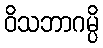
ဝိသဘာဂမ္ပိ